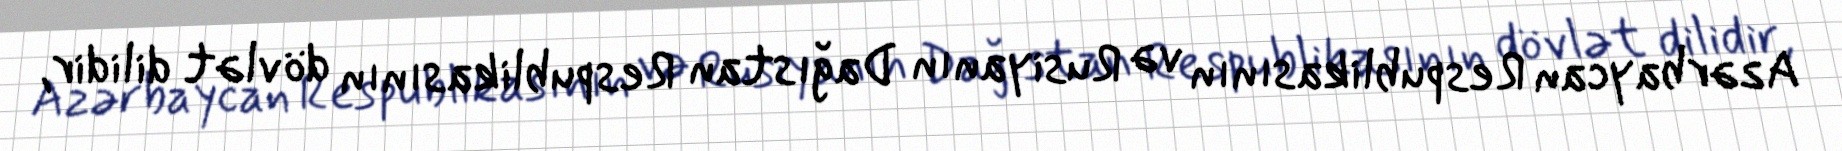
Azərbaycan Respublikasının və Rusiyanın Dağıstan Respublikasının dövlət dilidir,